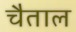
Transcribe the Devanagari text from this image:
चैताल